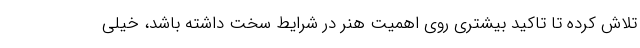
تلاش کرده تا تاکید بیشتری روی اهمیت هنر در شرایط سخت داشته باشد، خیلی